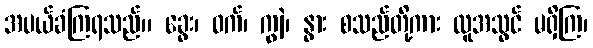
အပယ်ခံကြရသည်။ ခွေး၊ ဝက်၊ ကျွဲ၊ နွား စသည်တို့ကား လူအသွင် မရှိကြ၊